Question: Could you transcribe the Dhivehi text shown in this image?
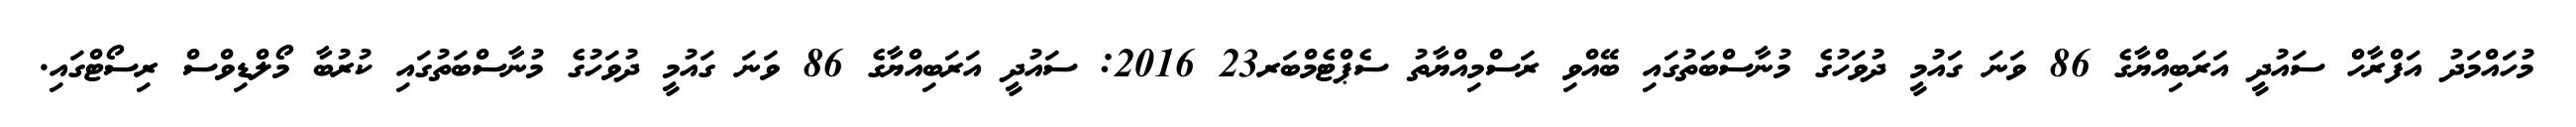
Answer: މުހައްމަދު އަފްރާހް ސައުދީ އަރަބިއްޔާގެ 86 ވަނަ ގައުމީ ދުވަހުގެ މުނާސްބަތުގައި ބޭއްވި ރަސްމިއްޔާތު ސެޕްޓެމްބަރ23 2016: ސައުދީ އަރަބިއްޔާގެ 86 ވަނަ ގައުމީ ދުވަހުގެ މުނާސްބަތުގައި ކުރުބާ މޯލްޑިވްސް ރިސޯޓްގައި.